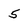
Character: 5